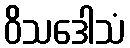
ဝိသဒေါသံ